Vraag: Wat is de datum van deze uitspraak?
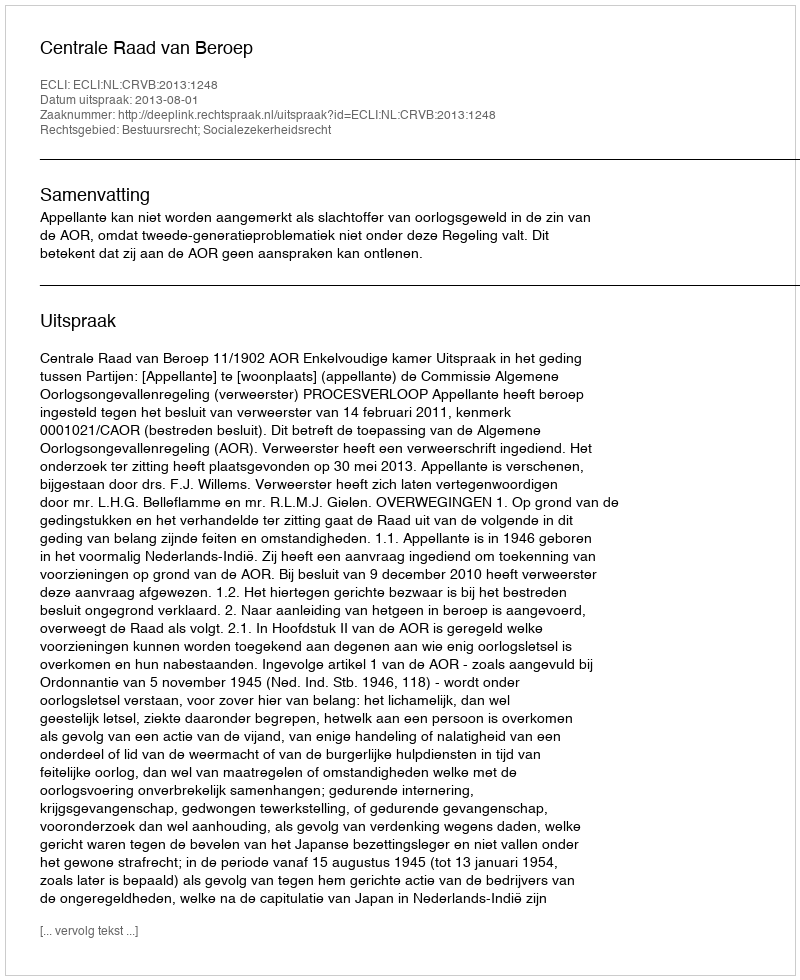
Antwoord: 2013-08-01